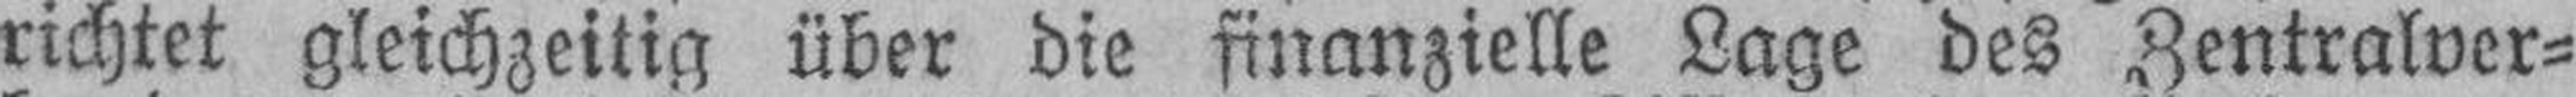
richtet gleichzeitig über die finanzielle Lage des Zentralver¬